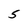
Character: 5